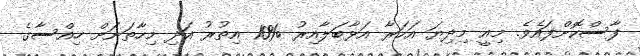
ފާސްކޮށްފައެވެ. މިއީ މިދިޔަ އަހަރާ އަޅާބަލާއިރު %10 އިތުރު އަދި މިހާތަނަށް ހިއްސާގެ